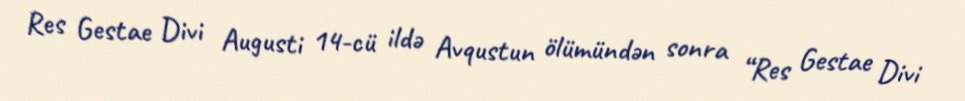
Res Gestae Divi Augusti 14-cü ildə Avqustun ölümündən sonra “Res Gestae Divi